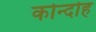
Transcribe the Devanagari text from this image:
कोन्‍दोह